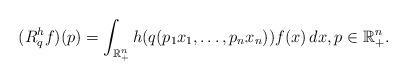
LaTeX: \begin{align*} (R^h_q f)(p) = \int_{\mathbb R^n_+} h(q(p_1 x_1,\ldots,p_n x_n)) f(x) \, dx, p \in \mathbb R^n_+.\end{align*}